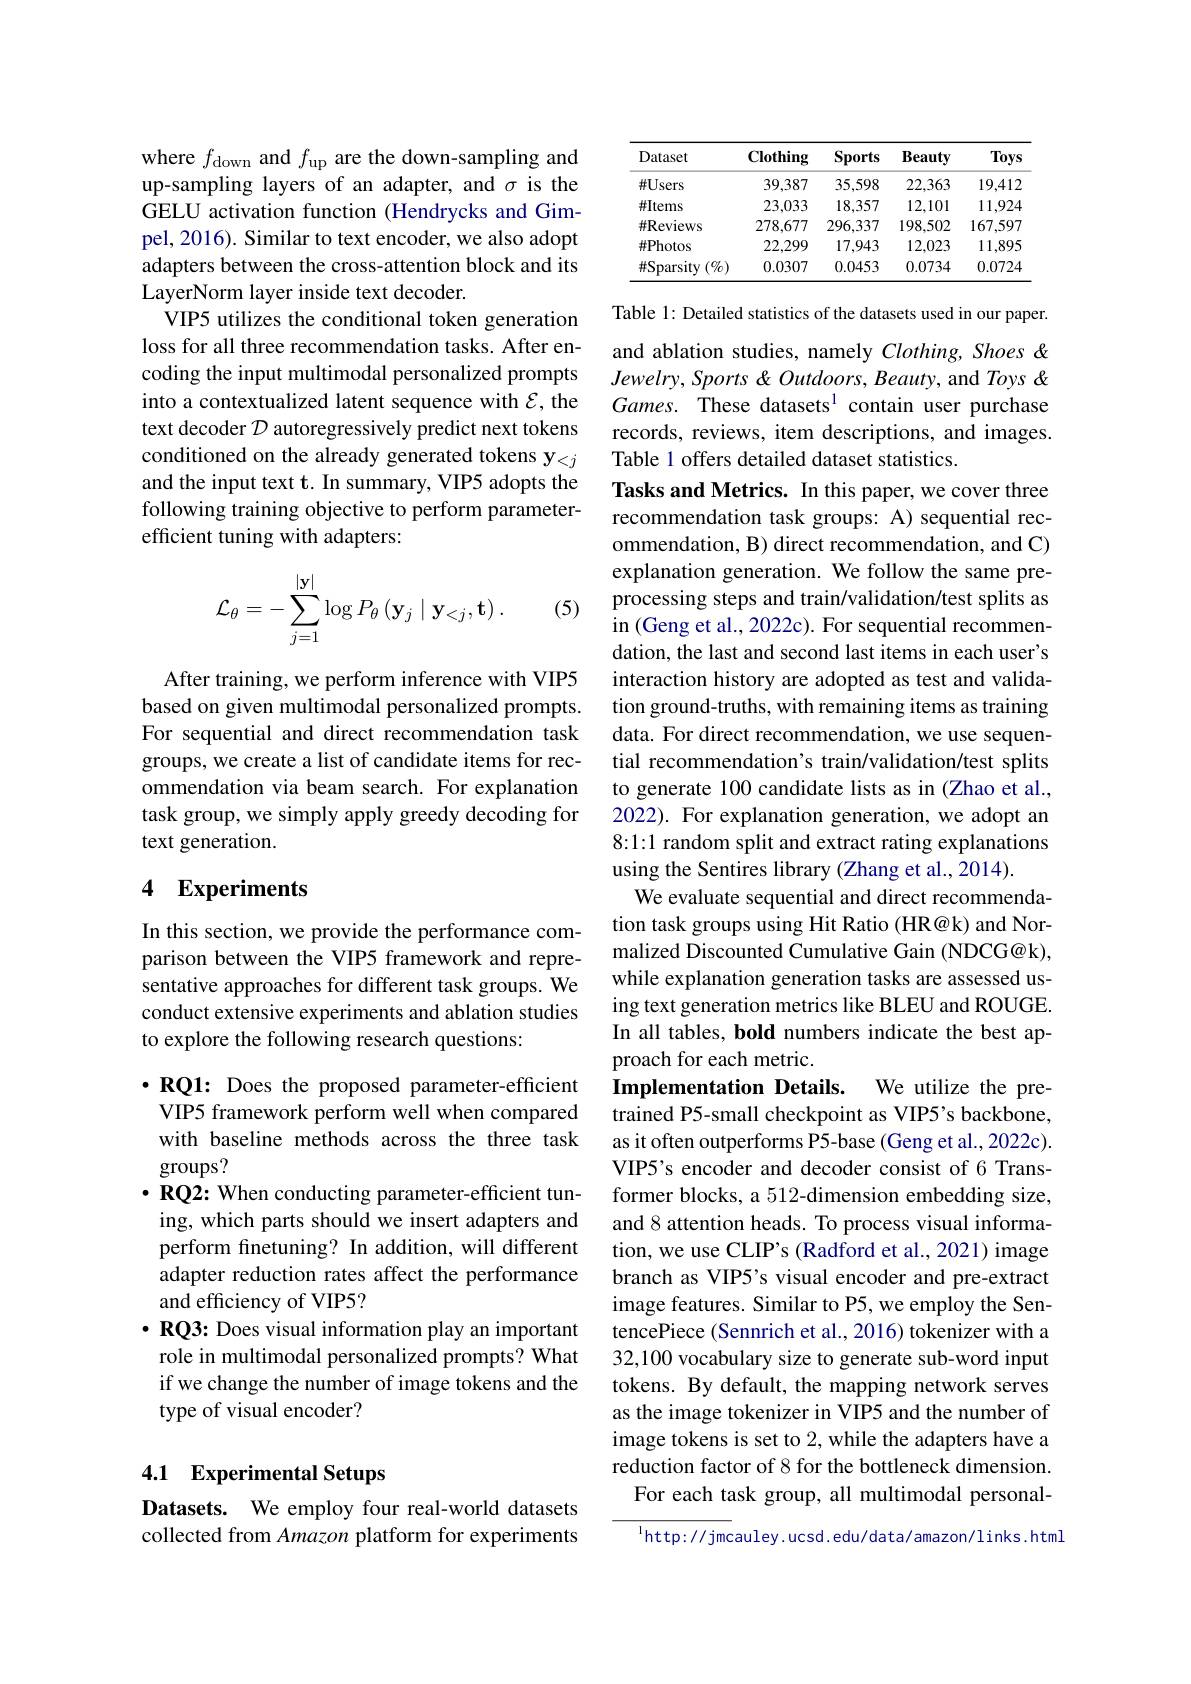
where $f_\mathrm{down}$ and $f_\mathrm{up}$ are the down-sampling and up-sampling layers of an adapter, and $\sigma$ is the GELU activation function (Hendrycks and Gimpel, 2016). Similar to text encoder, we also adopt adapters between the cross-attention block and its LayerNorm layer inside text decoder.
VIP5 utilizes the conditional token generation loss for all three recommendation tasks. After encoding the input multimodal personalized prompts into a contextualized latent sequence with $\mathcal{E}$, the text decoder $\mathcal{D}$ autoregressively predict next tokens conditioned on the already generated tokens y$_{<j}$ and the input text t. In summary, VIP5 adopts the following training objective to perform parameterefficient tuning with adapters:
$$\mathcal{L}_\theta=-\sum_{j=1}^{|\mathbf{y}|}\log P_\theta\left(\mathbf{y}_j\mid\mathbf{y}_{<j},\mathbf{t}\right).$$
(5)

After training, we perform inference with VIP5 based on given multimodal personalized prompts. For sequential and direct recommendation task groups, we create a list of candidate items for recommendation via beam search. For explanation task group, we simply apply greedy decoding for text generation.

## 4 Experiments

In this section, we provide the performance comparison between the VIP5 framework and representative approaches for different task groups. We conduct extensive experiments and ablation studies to explore the following research questions:

$\cdot$ RQ1: Does the proposed parameter-efficient
VIP5 framework perform well when compared with baseline methods across the three task groups?
$\cdot\mathbf{RQ2:When~conducting~parameter-efficient~tun-}$ ing, which parts should we insert adapters and perform finetuning? In addition, will different adapter reduction rates affect the performance and efficiency of VIP5?
$\cdot\mathbf{RQ3:~Does~visual~information~play~an~important}$ role in multimodal personalized prompts? What if we change the number of image tokens and the type of visual encoder?

## 4.1 Experimental Setups

Datasets. We employ four real-world datasets collected from Amazon platform for experiments

<table>
	<tbody>
		<tr>
			<th>Dataset</th>
			<th>Clothing</th>
			<th>Sports</th>
			<th>Beauty</th>
			<th>Toys</th>
		</tr>
		<tr>
			<td>$\#Users$</td>
			<td>39,387</td>
			<td>35,598</td>
			<td>22,363</td>
			<td>19,412</td>
		</tr>
		<tr>
			<td>$\#$Items</td>
			<td>23,033</td>
			<td>18,357</td>
			<td>12,101</td>
			<td>11,924</td>
		</tr>
		<tr>
			<td>$\#$Reviews</td>
			<td>278,677</td>
			<td>296,337</td>
			<td>198,502</td>
			<td>167,597</td>
		</tr>
		<tr>
			<td>#Photos</td>
			<td>22,299</td>
			<td>17,943</td>
			<td>12,023</td>
			<td>11,895</td>
		</tr>
		<tr>
			<td>$\#$Sparsity $(\%$</td>
			<td>0.0307</td>
			<td>0.0453</td>
			<td>0.0734</td>
			<td>0.0724</td>
		</tr>
	</tbody>
</table>

Table 1: Detailed statistics of the datasets used in our paper. and ablation studies, namely Clothing, Shoes & Jewelry, Sports & Outdoors, Beauty, and Toys & Games. These datasets$^{1}$ contain user purchase records, reviews, item descriptions, and images. Table 1 offers detailed dataset statistics.
Tasks and Metrics. In this paper, we cover three recommendation task groups: A) sequential recommendation, B) direct recommendation, and C) explanation generation. We follow the same preprocessing steps and train/validation/test splits as in (Geng et al., 2022c). For sequential recommendation, the last and second last items in each user's interaction history are adopted as test and validation ground-truths, with remaining items as training data. For direct recommendation, we use sequential recommendation's train/validation/test splits to generate 100 candidate lists as in (Zhao et al., 2022). For explanation generation, we adopt an 8:1:1 random split and extract rating explanations using the Sentires library (Zhang et al., 2014).
We evaluate sequential and direct recommendation task groups using Hit Ratio (HR@k) and Normalized Discounted Cumulative Gain (NDCG@k), while explanation generation tasks are assessed using text generation metrics like BLEU and ROUGE. In all tables, bold numbers indicate the best approach for each metric.
Implementation Details. We utilize the pretrained P5-small checkpoint as VIP5's backbone, as it often outperforms P5-base (Geng et al., 2022c). VIP5's encoder and decoder consist of 6 Transformer blocks, a 512-dimension embedding size, and 8 attention heads. To process visual information, we use CLIP's (Radford et al., 2021) image branch as VIP5's visual encoder and pre-extract image features. Similar to P5, we employ the SentencePiece (Sennrich et al., 2016) tokenizer with a 32,100 vocabulary size to generate sub-word input tokens. By default, the mapping network serves as the image tokenizer in VIP5 and the number of image tokens is set to 2, while the adapters have a reduction factor of 8 for the bottleneck dimension.
For each task group, all multimodal personal- $^{\mathrm{l}}$http://jmcauley.ucsd.edu/data/amazon/links.html